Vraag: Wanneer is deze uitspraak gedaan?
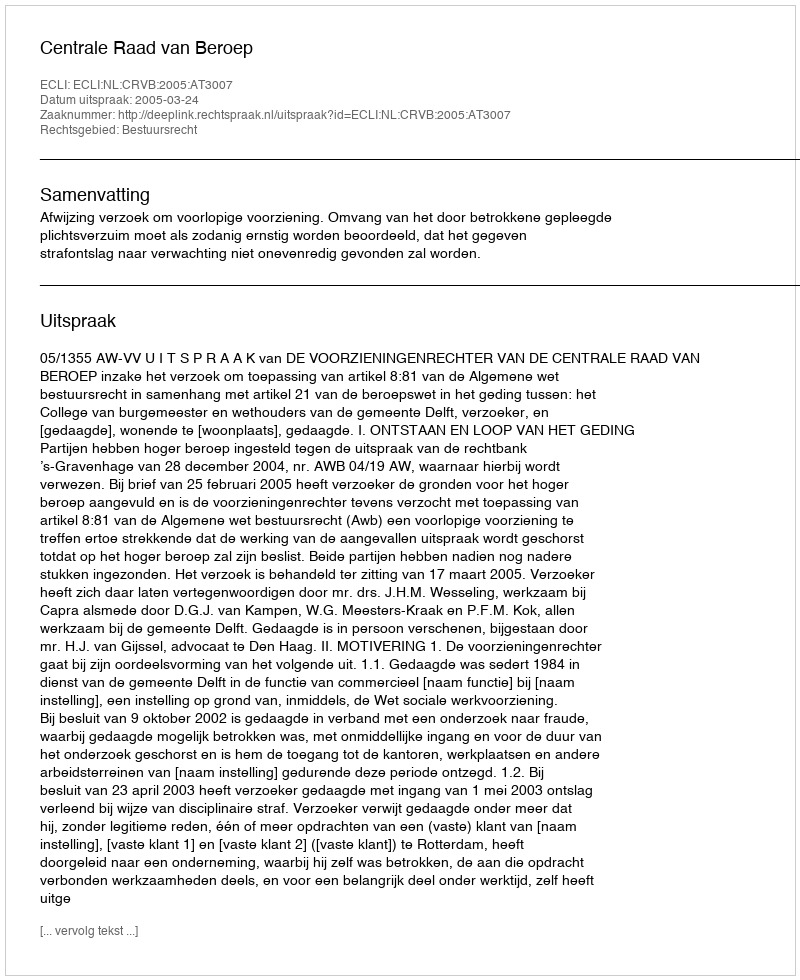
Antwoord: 2005-03-24